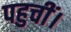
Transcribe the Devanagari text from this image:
पहुचीं।